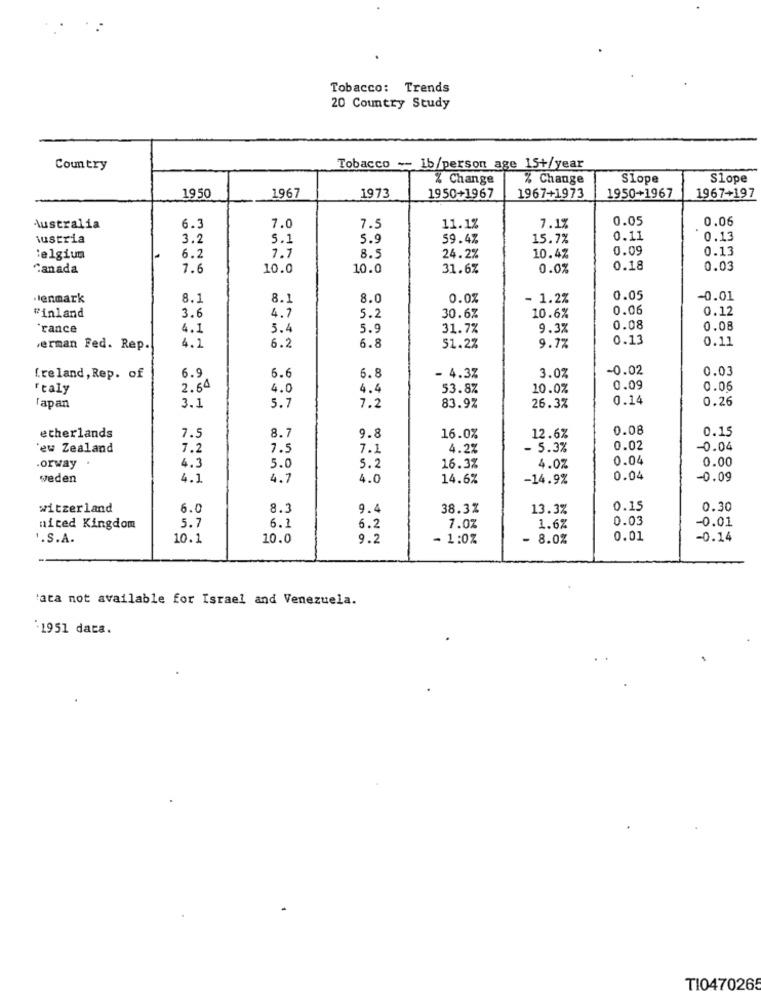
Tobacco: Trends
20 Country Study
Country
Tobacco -- 1b/person age 15+/year
% Change
% Change
Slope
Slope
1950
1967
1973
1950+1967
1967+1973
1950+1967
1967+197
0.05
0.06
Australia
6.3
7.0
7.5
11.1%
7.1%
iustria
3.2
5.1
5.9
59.4%
15.7%
0.11
0.13
7.7
0.09
0.13
:elgiun
6.2
8.5
24.2%
10.4%
Canada
7.6
10.0
10.0
31.6%
0.0%
0.18
0.03
.enmark
8.1
8.1
8.0
0.0%
- 1.2%
0.05
-0.01
3.6
4.7
0.06
0.12
Finland
5.2
30.6%
10.6%
"rance
4.1
5.1
5.9
31.7%
9.3%
0.08
0.08
4.1
0.13
0.11
erman Fed. Rep.
6.2
6.8
51.2%
9.7%
6.9
6.8
- 4.3%
3.0Z
-0.02
0.03
Ireland, Rep. of
6.6
'taly
2.64
4.0
4.4
53.8%
10.0%
0.09
0.06
3.1
5.7
0.14
0.26
lapan
7.2
83.9%
26.3%
0.08
0.15
etherlands
7.5
8.7
9.8
16.0%
12.6%
'ew Zealand
7.2
7.5
7.1
4.2%
- 5.3%
0.02
0.04
0.04
0.00
.orway .
4.3
5.0
5.2
16.3%
4.0Z
weden
4.1
4.7
4.0
14.6%
-14.9%
0.04
-0.09
witzerland
6.0
8.3
9.4
38.3%
13.3%
0.15
0.30
0.03
-0.01
mited Kingdom
5.7
6.1
6.2
7.0%
1.6%
'.S.A.
10.1
10.0
9.2
- 1:0%
- 8.0%
0.01
-0.14
'ata not available for Israel and Venezuela.
`1951 data.
TI0470265